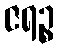
ဇရဉ္စ